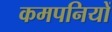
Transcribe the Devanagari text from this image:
कमपनियों